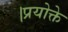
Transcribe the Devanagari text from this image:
।प्रयोक्ते